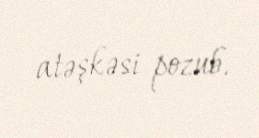
atəşkəsi pozub.